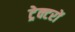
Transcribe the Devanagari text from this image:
ट्रेक्टरों